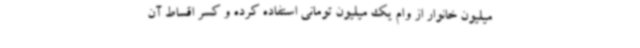
میلیون خانوار از وام یک میلیون تومانی استفاده کرده و کسر اقساط آن